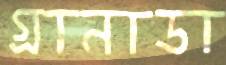
গ্রানাডা